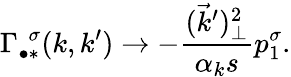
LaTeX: \Gamma_{\bullet\ast}^{~~\sigma}(k,k^{\prime})\rightarrow-{\frac{(\vec{k}^{\prime})_{\perp}^{2}}{\alpha_{k}s}}p_{1}^{\sigma}.